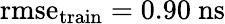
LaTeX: \mathrm{rmse}_{\mathrm{train}}=0.90~\mathrm{ns}